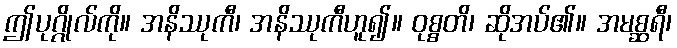
ဤပုဂ္ဂိုလ်ကို။ အနိဿုကီ၊ အနိဿုကီဟူ၍။ ဝုစ္စတိ၊ ဆိုအပ်၏။ အမစ္ဆရီ၊